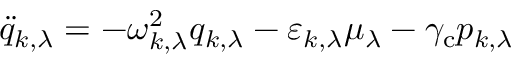
\ddot { q } _ { k , \lambda } = - \omega _ { k , \lambda } ^ { 2 } q _ { k , \lambda } - \varepsilon _ { k , \lambda } \mu _ { \lambda } - \gamma _ { \mathrm { c } } p _ { k , \lambda }